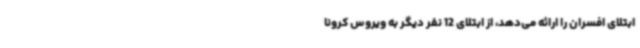
ابتلای افسران را ارائه می‌دهد، از ابتلای 12 نفر دیگر به ویروس کرونا